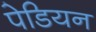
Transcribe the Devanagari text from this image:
पेडियन